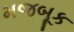
મજબૂક